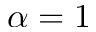
\alpha = 1